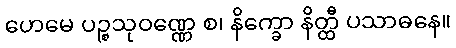
ဟေမေ ပဉ္စသုဝဏ္ဏေ စ၊ နိက္ခော နိတ္ထီ ပသာဓနေ။